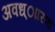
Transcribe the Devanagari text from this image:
अवध्ाारणा